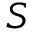
S